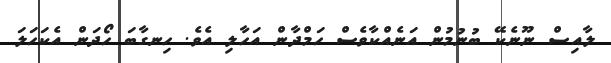
ލާއިސް ނޫނެކޭ ބުނުމުން އަނެއްކާވެސް ހަމްދާން އަަހާލި އެވެ. ހިނގާބަ ހޯދަން އެކަހަަލަ